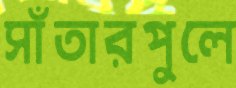
সাঁতারপুলে